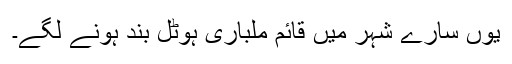
یوں سارے شہر میں قائم ملباری ہوٹل بند ہونے لگے۔